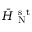
\Bar { H } _ { \mathrm { ~ N ~ } } ^ { \mathrm { ~ s ~ t ~ } }